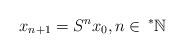
LaTeX: \begin{align*}x_{n+1}=S^{n}x_{0},n\in \,^{\ast }\mathbb{N} \end{align*}